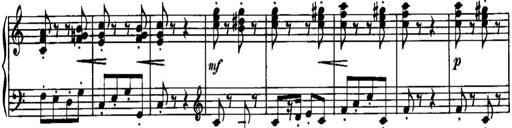
Title: Piano Sonatina No.1, Op.146
Composer: Stephen Heller